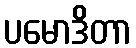
ပမောဒိတာ